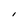
Character: I